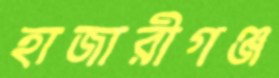
হাজারীগঞ্জ